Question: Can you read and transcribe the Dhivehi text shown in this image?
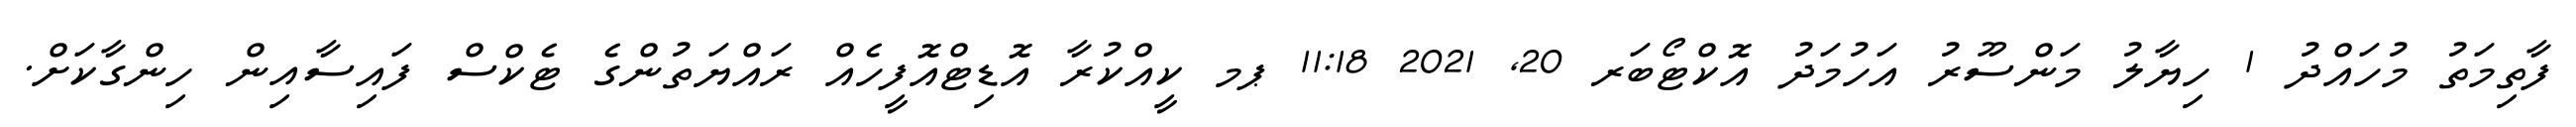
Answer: ފާތިމަތު މުހައްދު 1 ހިޔާލު މަންސޫރު އަހުމަދު އޮކްޓޯބަރ 20, 2021 11:18 ޕމ ކީއްކުރާ އޮޑިޓްއޮފީހެއް ރައްޔަތުންގެ ޓެކްސް ފައިސާއިން ހިންގާކަށް.